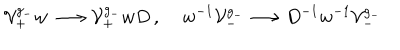
LaTeX: { \cal V } _ { + } ^ { g _ { - } } w \, \longrightarrow { \cal V } _ { + } ^ { g _ { - } } w D \, , \; w ^ { - 1 } { \cal V } _ { - } ^ { g _ { - } } \longrightarrow D ^ { - 1 } w ^ { - 1 } { \cal V } _ { - } ^ { g _ { - } } \,